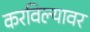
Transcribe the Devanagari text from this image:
करविल्यावर